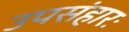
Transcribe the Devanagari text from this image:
उपसंहारः